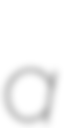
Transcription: a